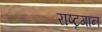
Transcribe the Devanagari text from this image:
राष्टृगान